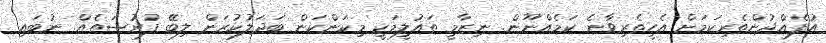
އުފެއްދުންތެރިކަމަށް އެހީތެރިވާނެ ކަމެއްނޫން. ނިޒާމީ ތައުލީމަކީ މިކަންކަން ބަދަލުކުރަން ލިބޭ ފުރުސަތެއް. ނުބައި